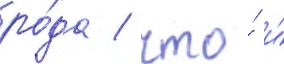
ро́да / что́ и́